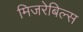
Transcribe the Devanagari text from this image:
मिजरेबिल्स